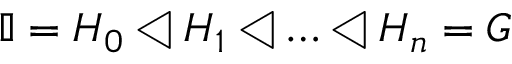
\mathbb { I } = H _ { 0 } \triangleleft H _ { 1 } \triangleleft \ldots \triangleleft H _ { n } = G